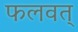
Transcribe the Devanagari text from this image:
फलवत्